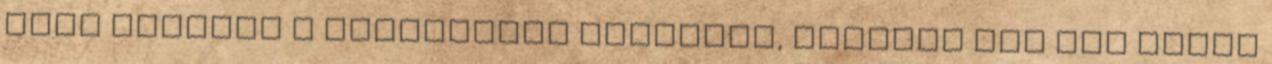
rész jelenti a legnagyobb kihívást, ugyanis itt egy ipari